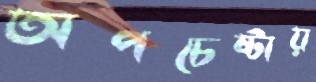
অপচেষ্টায়